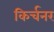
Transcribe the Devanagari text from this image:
किर्चनर